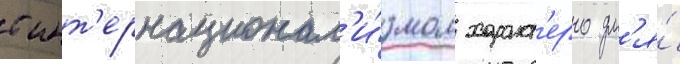
с инт'ернационал'и́змом характ'ерно дл'я́